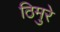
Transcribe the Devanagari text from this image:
ठिमुरे